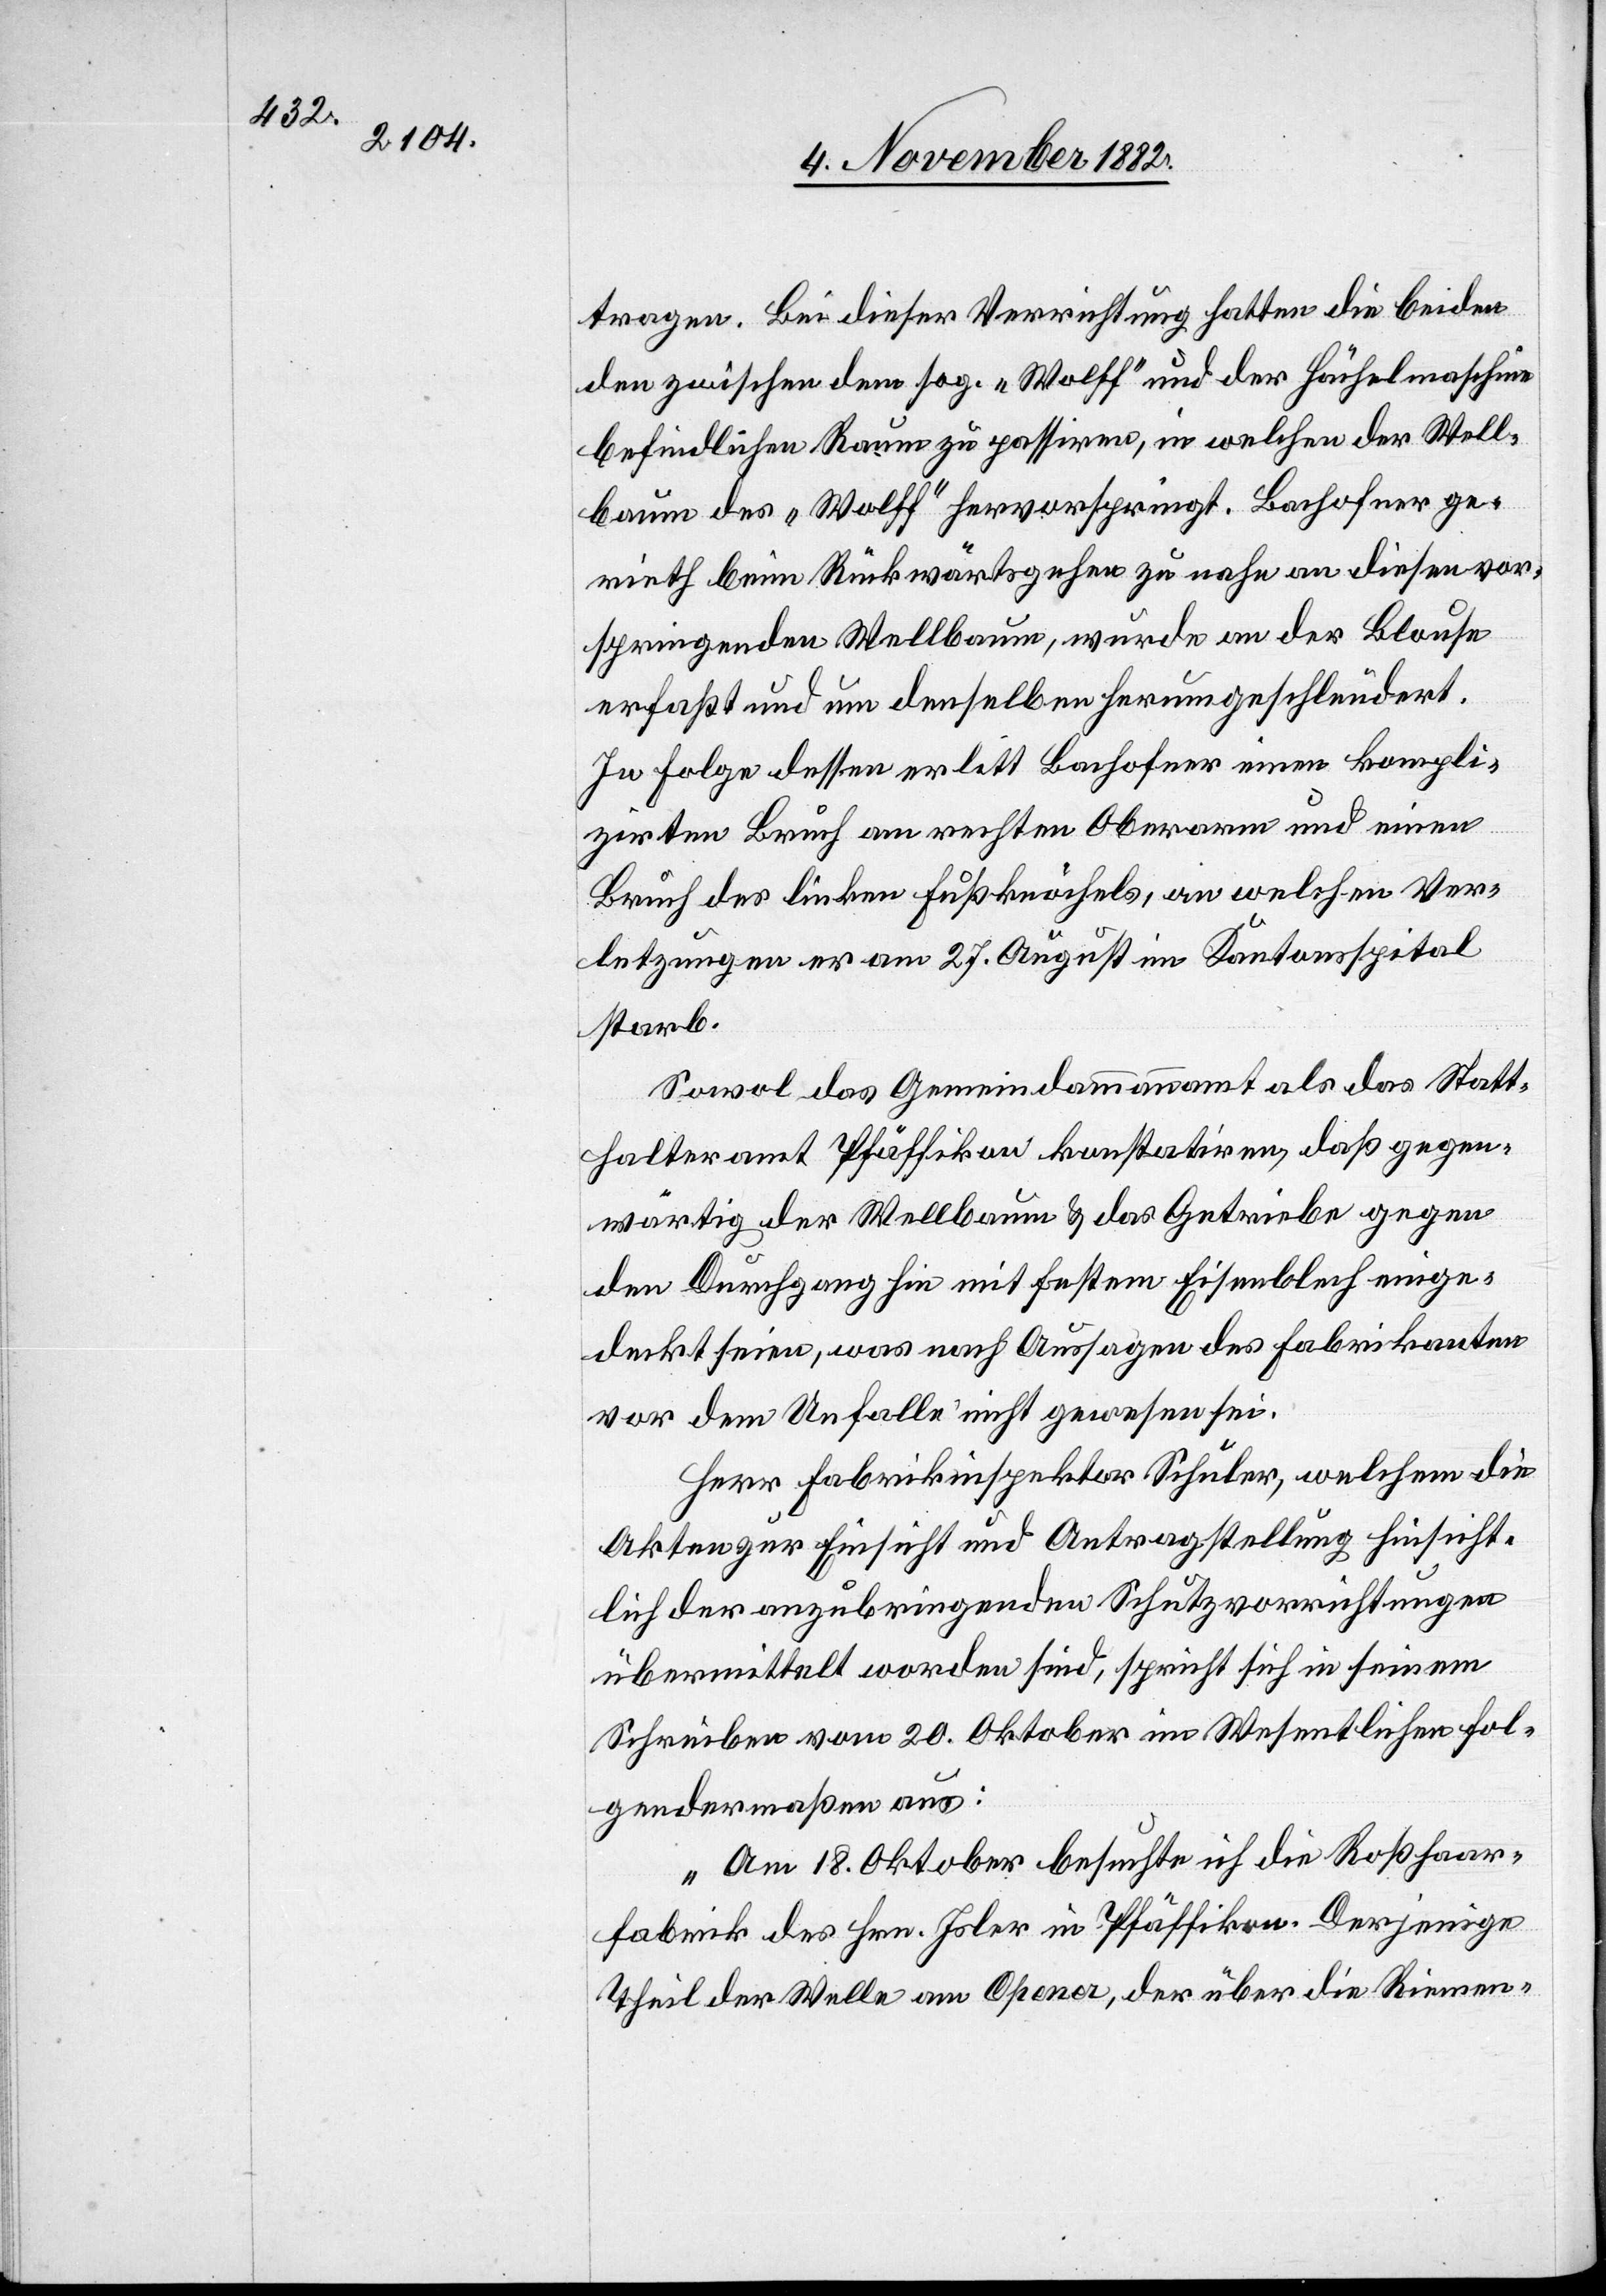
tragen. Bei dieser Verrichtung hatten die beiden
den zwischen dem sog. „Wolff“ und der Hächelmaschine
befindlichen Raum zu passiren, in welchen der Well¬
baum des „Wolff“ hervorspringt. Bachofner ge¬
rieth beim Rückwärtsgehen zu nahe an diesen vor¬
springenden Wellbaum, wurde an der Blouse
erfaßt und um denselben herumgeschleudert.
In Folge dessen erlitt Bachofner einen kompli¬
zirten Bruch am rechten Oberarm und einen
Bruch des linken Fußknöchels, an welchen Ver¬
letzungen er am 27. August im Kantonsspital
starb.
Sowol das Gemeindammannamt als das Statt¬
halteramt Pfäffikon konstatiren, daß gegen¬
wärtig der Wellbaum & das Getriebe gegen
den Durchgang hin mit festem Eisenblech einge¬
deckt seien, was nach Aussagen des Fabrikanten
vor dem Unfalle nicht gewesen sei.
Herr Fabrikinspektor Schuler, welchem die
Akten zur Einsicht und Antragstellung hinsicht¬
lich der anzubringenden Schutzvorrichtungen
übermittelt worden sind, spricht sich in seinem
Schreiben vom 20. Oktober im Wesentlichen fol¬
gendermaßen aus:
„Am 18. Oktober besuchte ich die Roßhaar¬
fabrik des Hrn. Isler in Pfäffikon. Derjenige
Theil der Welle am Opener, der über die Riemen-